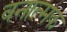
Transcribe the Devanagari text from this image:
वनात्मक